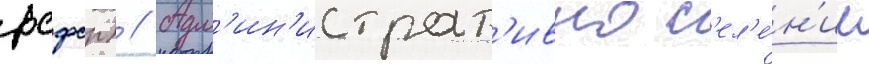
рсфср) // Адм'ин'истрат'ивно с'ел'е́н'ие